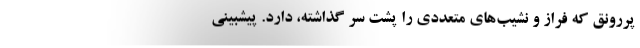
پررونق که فراز و نشیب‌های متعددی را پشت سر گذاشته، دارد. پیشبینی